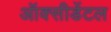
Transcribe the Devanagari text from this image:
ऑक्‍सीडेंटल